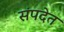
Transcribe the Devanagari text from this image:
संपदेत